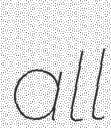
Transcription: all